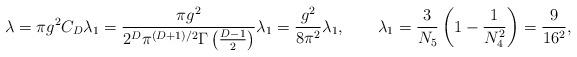
LaTeX: \begin{align*}\lambda=\pi g^2C_D\lambda_1=\frac{\pi g^2}{2^D\pi^{(D+1)/2}\Gamma \left(\frac{D-1}{2}\right)}\lambda_1=\frac{g^2}{8\pi^2}\lambda_1 ,\qquad \lambda_1=\frac{3}{N_5}\left(1-\frac{1}{N_4^2}\right) =\frac{9}{16^2}, \\\end{align*}